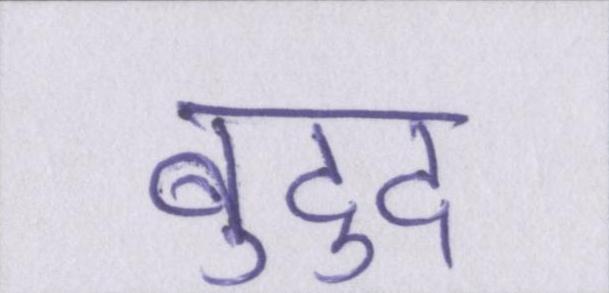
बुद्दु